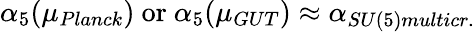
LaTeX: \alpha_{5}(\mu_{Planck})\mathrm{~or~}\alpha_{5}(\mu_{GUT})\approx\alpha_{SU(5)multicr.}